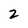
Character: 2